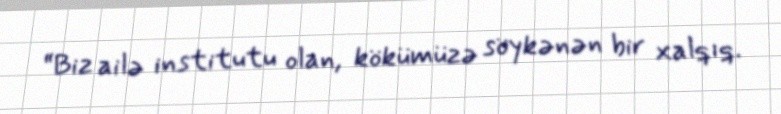
“Biz ailə institutu olan, kökümüzə söykənən bir xalqıq.